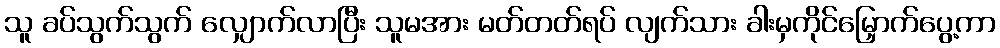
သူ ခပ်သွက်သွက် လျှောက်လာပြီး သူမအား မတ်တတ်ရပ် လျက်သား ခါးမှကိုင်မြှောက်ပွေ့ကာ